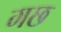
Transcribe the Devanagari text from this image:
गछ